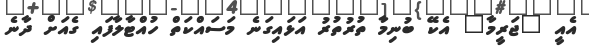
އެއީ "ޖަރީމާ" އެކޭ ބުނިމާ ތުރުތުރު އަޅައިގަނެ މަސައްކަތް ހުއްޓާލާފައި ގެއަށް ދާނެ